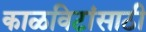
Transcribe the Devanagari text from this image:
काळविटांसाठी